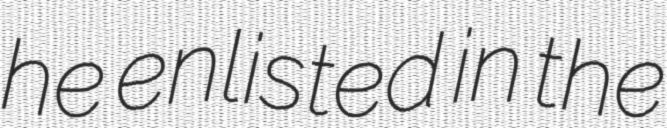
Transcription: he enlisted in the